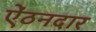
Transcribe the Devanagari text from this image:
ऐंठनदार